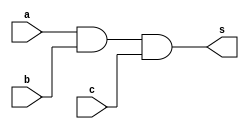
// Nome: Rayan Darwin

module andgate(output s, input a, input b, input c);
 assign s = (a & b) & c;
endmodule

module teste;
 reg x,y,w;
 wire z;
 
 andgate AND1 (z,x,y,w);
 
 initial begin
  x=0; y=0; w=0;
  $display("Teste\nx y w z");
  $monitor("%b %b %b %b",x,y,w,z);
  
  #1 x=0; y=0; w=1;
  #1 x=0; y=1; w=0;
  #1 x=0; y=1; w=1;
  #1 x=1; y=0; w=0;
  #1 x=1; y=0; w=1;
  #1 x=1; y=1; w=0;
  #1 x=1; y=1; w=1;
 end
 
endmodule